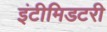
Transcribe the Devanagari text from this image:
इंटीमिडटरी